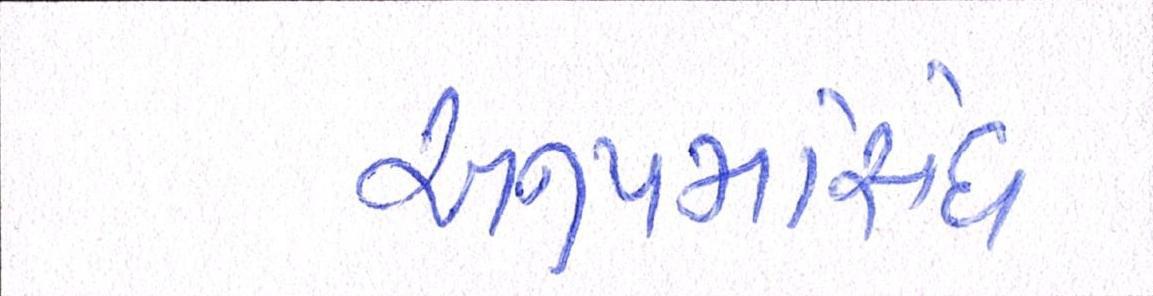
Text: અનુપમસિંઘ